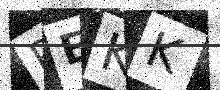
Text: PEKK